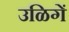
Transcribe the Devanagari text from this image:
उळिगें